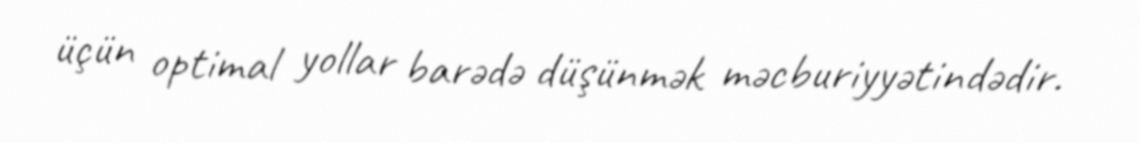
üçün optimal yollar barədə düşünmək məcburiyyətindədir.